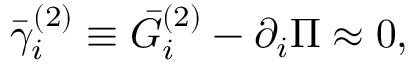
\bar { \gamma } _ { i } ^ { ( 2 ) } \equiv \bar { G } _ { i } ^ { ( 2 ) } - \partial _ { i } \Pi \approx 0 ,